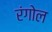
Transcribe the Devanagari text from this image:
रंगोल